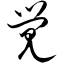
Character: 觉